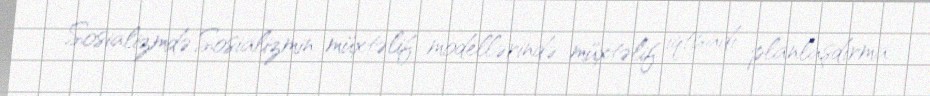
Sosializmdə Sosializmin müxtəlif modellərində müxtəlif iqtisadi planlaşdırma